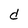
Character: d